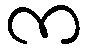
က